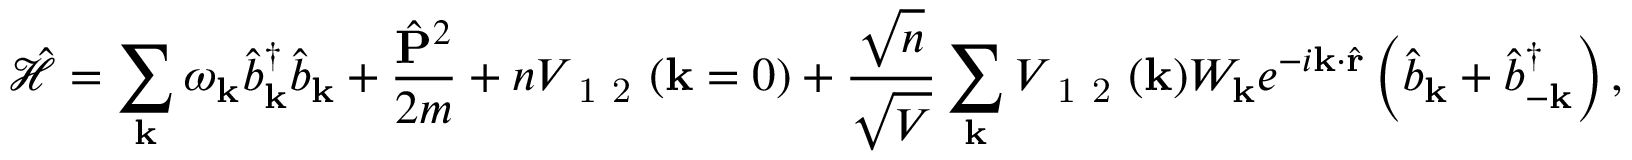
\mathcal { \hat { H } } = \sum _ { \mathbf { k } } \omega _ { \mathbf { k } } \hat { b } _ { \mathbf { k } } ^ { \dagger } \hat { b } _ { \mathbf { k } } + \frac { \hat { \mathbf { P } } ^ { 2 } } { 2 m } + n V _ { \mathrm { ~ 1 ~ 2 ~ } } ( \mathbf { k } = 0 ) + \frac { \sqrt { n } } { \sqrt { V } } \sum _ { \mathbf { k } } V _ { \mathrm { ~ 1 ~ 2 ~ } } ( \mathbf { k } ) W _ { \mathbf { k } } e ^ { - i \mathbf { k } \cdot \hat { \mathbf { r } } } \left( \hat { b } _ { \mathbf { k } } + \hat { b } _ { - \mathbf { k } } ^ { \dagger } \right) ,